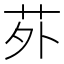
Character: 𫟌